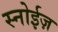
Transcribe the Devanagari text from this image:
स्नोईज़